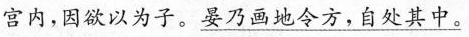
宫内，因欲以为子。\underline{晏乃画地令方，自处其中}。